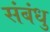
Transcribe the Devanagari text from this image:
संबंधु